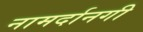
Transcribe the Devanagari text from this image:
नामर्दानगी